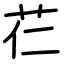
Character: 芢